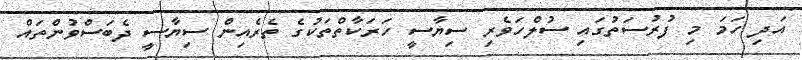
އަދި ހަމަ މި ފުރުސަތުގައި ސުލްހަވެރި ސިޔާސީ ހަރަކާތްތަކުގެ ތެރެއިން ސިޔާސީ ދެބަސްވުންތައް